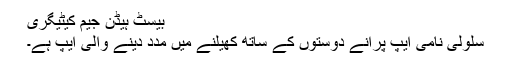
بیسٹ ہیڈن جیم کیٹیگری
سلولی نامی ایپ پرانے دوستوں کے ساتھ کھیلنے میں مدد دینے والی ایپ ہے۔